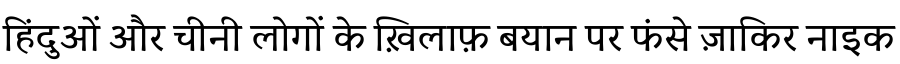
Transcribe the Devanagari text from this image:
हिंदुओं और चीनी लोगों के ख़िलाफ़ बयान पर फंसे ज़ाकिर नाइक